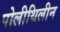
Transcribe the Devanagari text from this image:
पोलीथिलीन